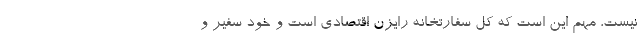
نیست، مهم این است که کل سفارتخانه رایزن اقتصادی است و خود سفیر و